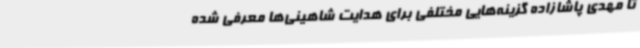
تا مهدی پاشازاده گزینه‌هایی مختلفی برای هدایت شاهینی‌ها معرفی شده